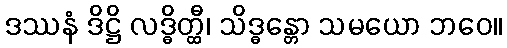
ဒဿနံ ဒိဋ္ဌိ လဒ္ဓိတ္ထီ၊ သိဒ္ဓန္တော သမယော ဘဝေ။